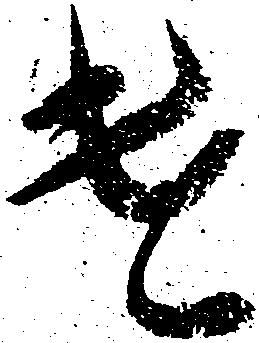
遣